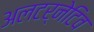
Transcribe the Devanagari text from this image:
अलटर्नेटिव